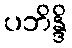
ပဘိန္ဒိ